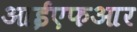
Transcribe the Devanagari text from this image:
आईएफआर